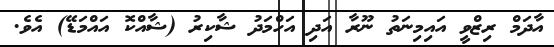
އާދަމް ރިޒްވީ އައިމިނަތު ނޫރާ އަދި އަހްމަދު ޝާކިރު (ޝާއްކޮ އައްމަޑޭ) އެވެ.